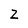
Character: Z